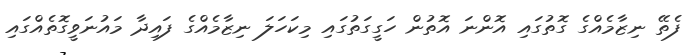
ފެތޭ ނިޒާމެއްގެ ގޮތުގައި އޮންނަ އޮތުން ހަގީގަތުގައި މިކަހަލަ ނިޒާމެއްގެ ފައިދާ މައުނަވީގޮތެއްގައި